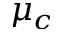
\mu _ { c }